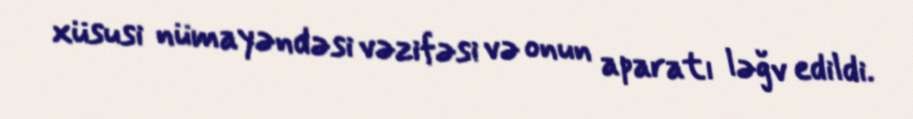
xüsusi nümayəndəsi vəzifəsi və onun aparatı ləğv edildi.